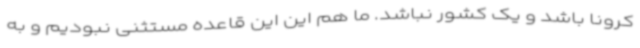
کرونا باشد و یک کشور نباشد. ما هم این این قاعده مستثنی نبودیم و به